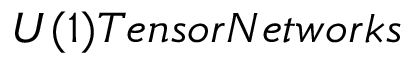
U ( 1 ) T e n s o r N e t w o r k s